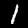
Label: 1